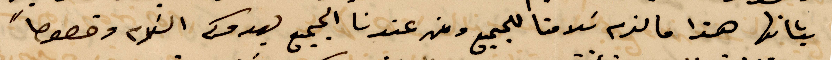
بشانها هذا ما لزم كلامنا للجميع ومن عندنا الجميع يعدوكم السلام وخصوصًا